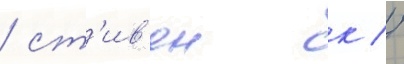
/ ст'ив'ен к //